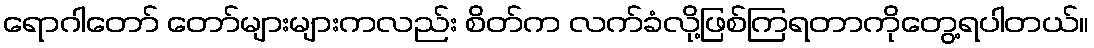
ရောဂါတော် တော်များများကလည်း စိတ်က လက်ခံလို့ဖြစ်ကြရတာကိုတွေ့ရပါတယ်။